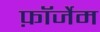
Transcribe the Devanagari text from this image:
फ़ॉर्जेम